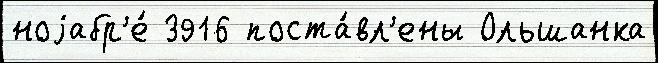
ноjабр'е́ 3916 поста́вл'ены Ольшанка